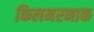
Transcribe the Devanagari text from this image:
किलमरनाक